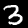
Digit: 3